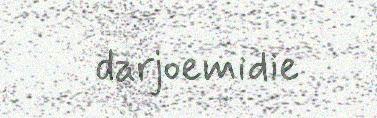
darjoemidie